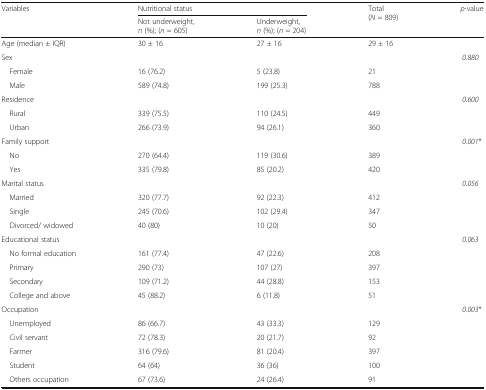
| <ROWSPAN=2> Variables | <COLSPAN=2> Nutritional status | <ROWSPAN=2> Total (N = 809) | <ROWSPAN=2> p-value |
 | Not underweight,n (%); (n = 605) | Underweight,n (%); (n = 204) |
 | --- | --- | --- | --- | --- |
 | Age (median ± IQR) | 30 ± 16 | 27 ± 16 | 29 ± 16 |  |
 | Sex |  |  |  | 0.880 |
 | Female | 16 (76.2) | 5 (23.8) | 21 |  |
 | Male | 589 (74.8) | 199 (25.3) | 788 |  |
 | Residence |  |  |  | 0.600 |
 | Rural | 339 (75.5) | 110 (24.5) | 449 |  |
 | Urban | 266 (73.9) | 94 (26.1) | 360 |  |
 | Family support |  |  |  | 0.001* |
 | No | 270 (64.4) | 119 (30.6) | 389 |  |
 | Yes | 335 (79.8) | 85 (20.2) | 420 |  |
 | Marital status |  |  |  | 0.056 |
 | Married | 320 (77.7) | 92 (22.3) | 412 |  |
 | Single | 245 (70.6) | 102 (29.4) | 347 |  |
 | Divorced/ widowed | 40 (80) | 10 (20) | 50 |  |
 | Educational status |  |  |  | 0.063 |
 | No formal education | 161 (77.4) | 47 (22.6) | 208 |  |
 | Primary | 290 (73) | 107 (27) | 397 |  |
 | Secondary | 109 (71.2) | 44 (28.8) | 153 |  |
 | College and above | 45 (88.2) | 6 (11.8) | 51 |  |
 | Occupation |  |  |  | 0.003* |
 | Unemployed | 86 (66.7) | 43 (33.3) | 129 |  |
 | Civil servant | 72 (78.3) | 20 (21.7) | 92 |  |
 | Farmer | 316 (79.6) | 81 (20.4) | 397 |  |
 | Student | 64 (64) | 36 (36) | 100 |  |
 | Others occupation | 67 (73.6) | 24 (26.4) | 91 |  |